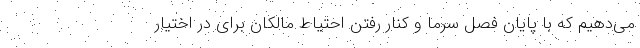
می‌دهیم که با پایان فصل سرما و کنار رفتن احتیاط مالکان برای در اختیار